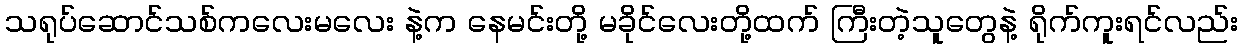
သရုပ်ဆောင်သစ်ကလေးမလေး နဲ့က နေမင်းတို့ မခိုင်လေးတို့ထက် ကြီးတဲ့သူတွေနဲ့ ရိုက်ကူးရင်လည်း